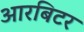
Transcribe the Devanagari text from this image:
आरबिटर